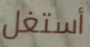
أستغل